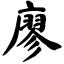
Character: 廖